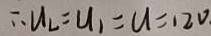
\therefore u _ { L } = u _ { 1 } = u = 1 2 0 .